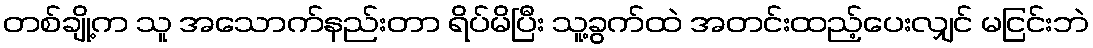
တစ်ချို့က သူ အသောက်နည်းတာ ရိပ်မိပြီး သူ့ခွက်ထဲ အတင်းထည့်ပေးလျှင် မငြင်းဘဲ